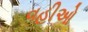
વહીઓ